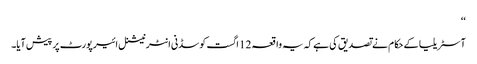
‘‘
آسٹریلیا کے حکام نے تصدیق کی ہے کہ یہ واقعہ 12 اگست کو سڈنی انٹرنیشنل ائیرپورٹ پر پیش آیا۔